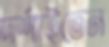
দর্শাইতেন